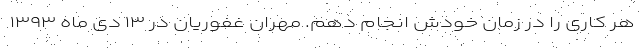
هر کاری را در زمان خودش انجام دهم. مهران غفوریان در ۱۳ دی ماه ۱۳۹۳